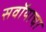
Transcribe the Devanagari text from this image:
सवॉयाचा